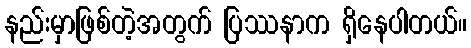
နည်းမှာဖြစ်တဲ့အတွက် ပြဿနာက ရှိနေပါတယ်။